NAE_ERA_R-2362_Emakeele_Selts, lk 47
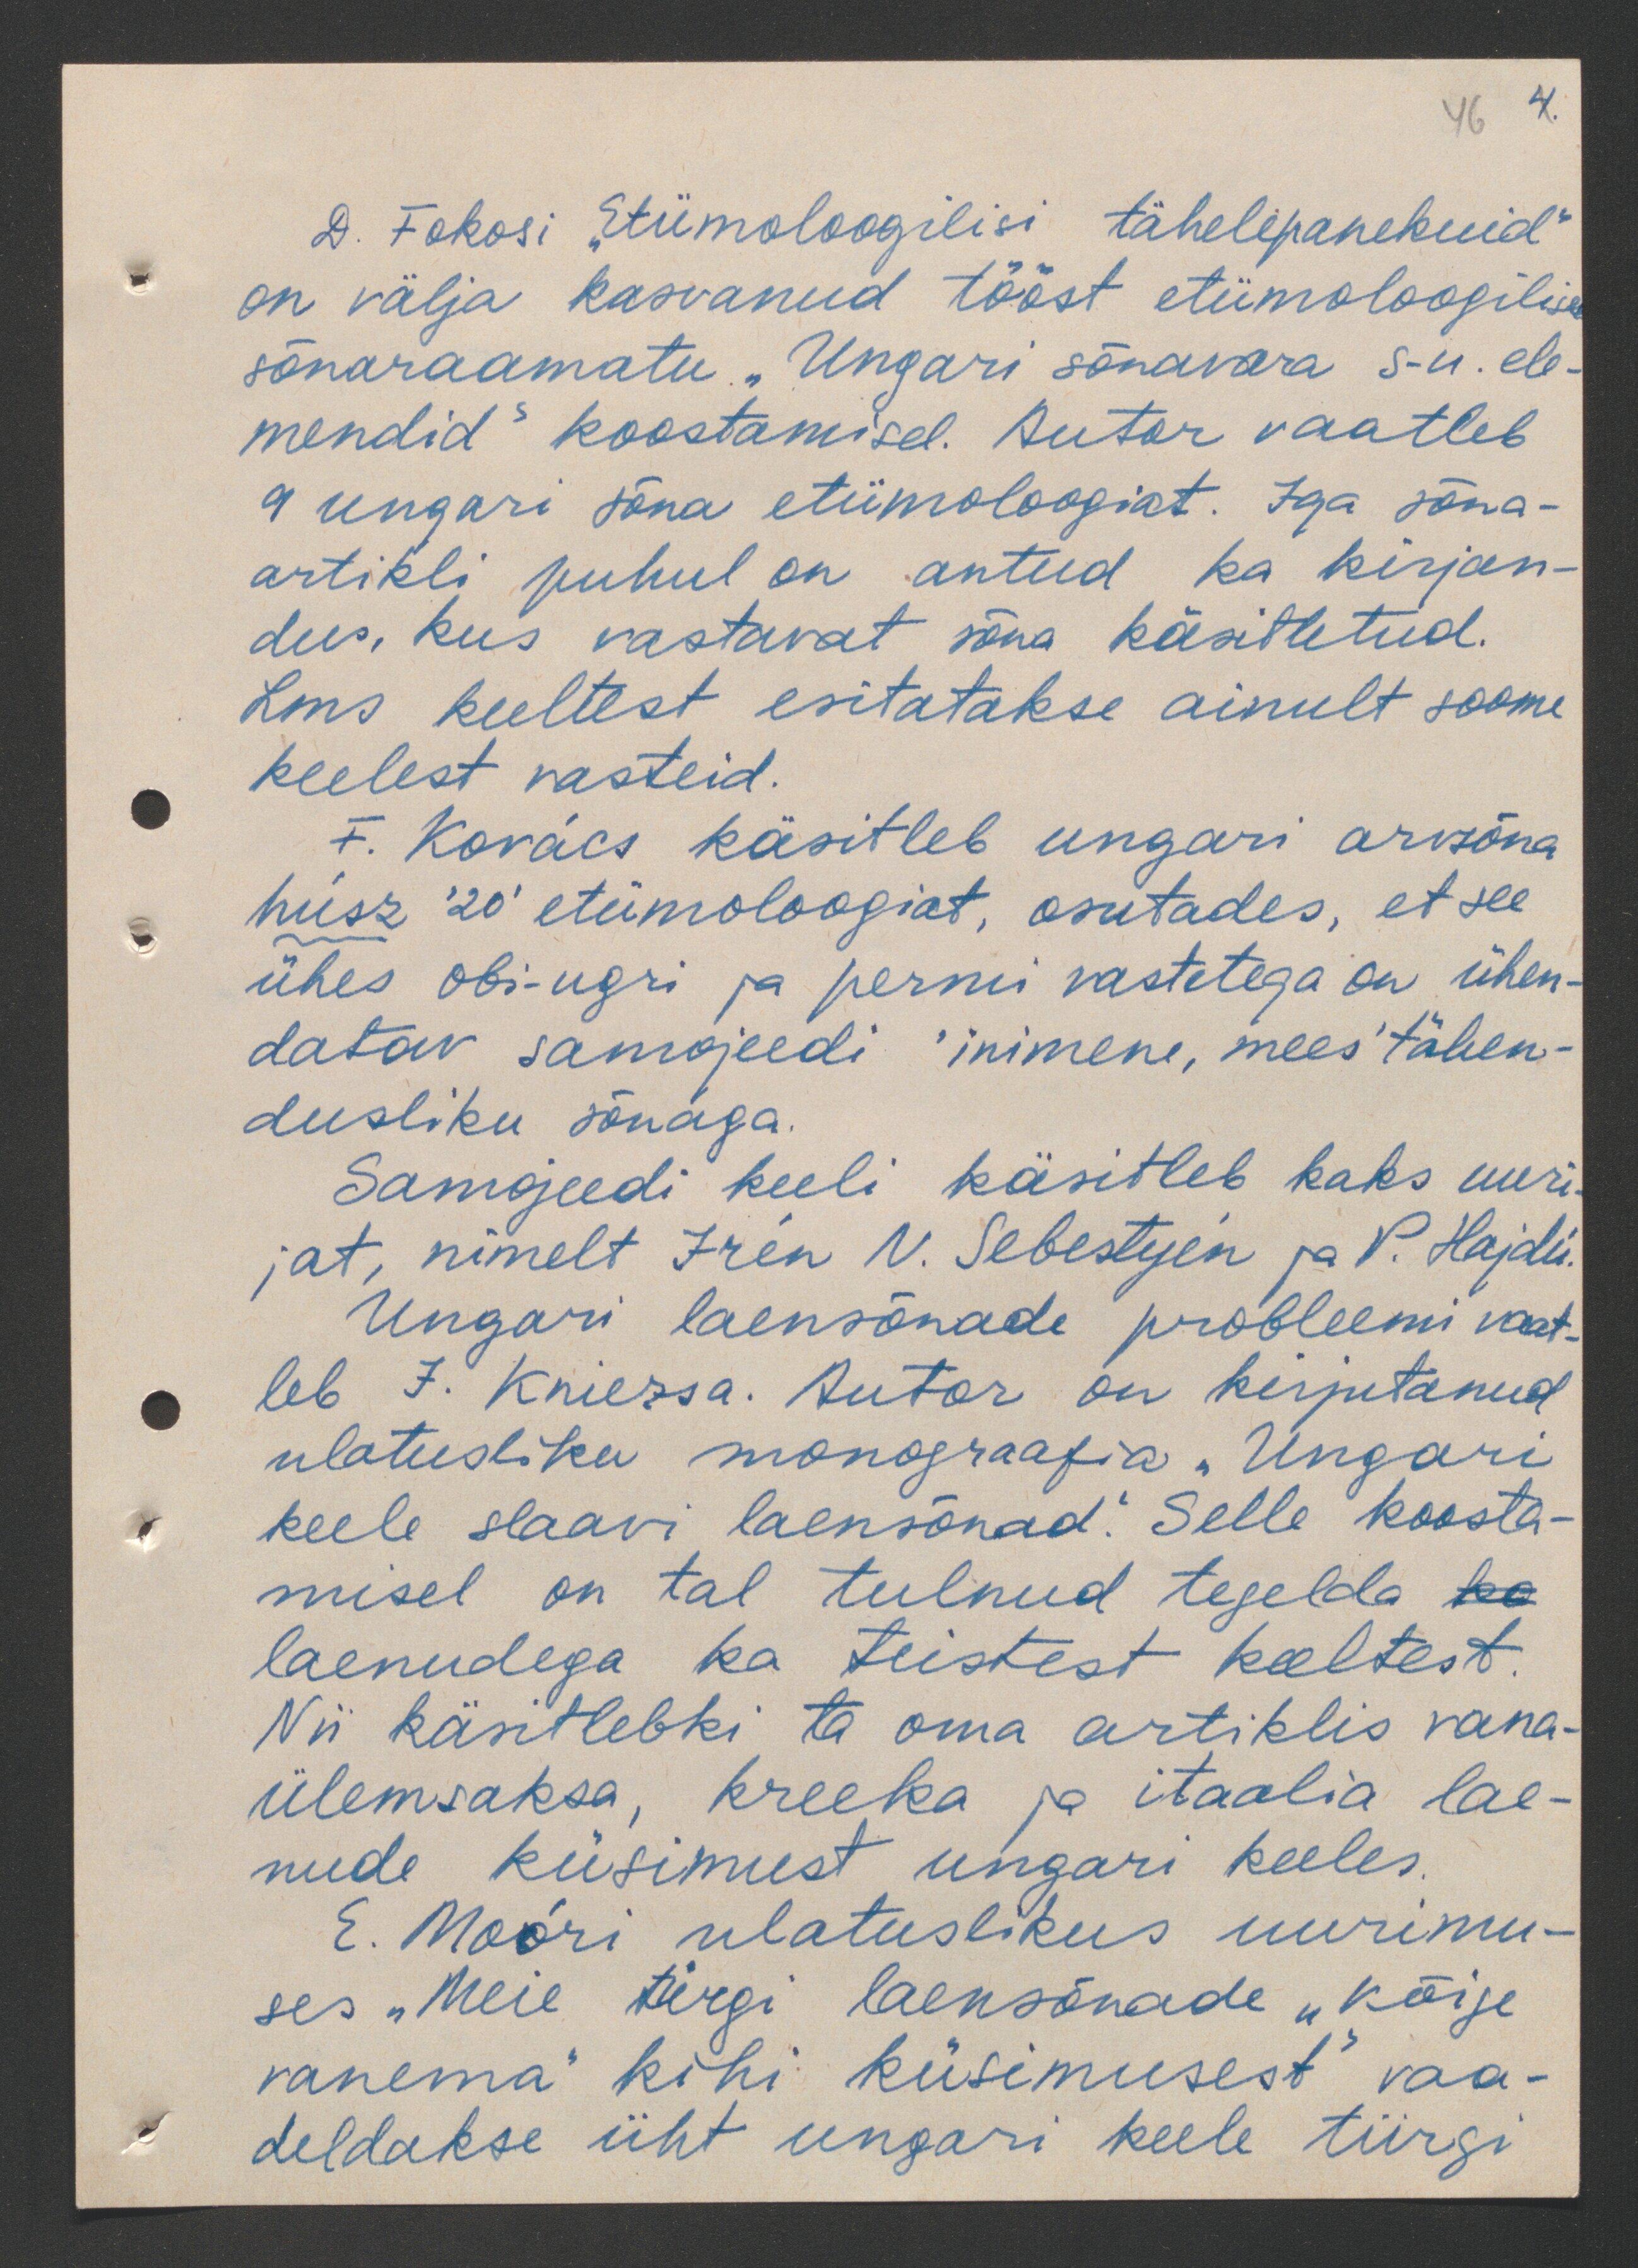
46 4.

D. Fokosi "Etümoloogilisi tähelepanekuid"
on välja kasvanud tööst etümoloogilise
sõnaraamatu "Ungari sõnavara s-u.ele-
mendid" koostamisel. Autor vaatleb
9 ungari sõna etümoloogiat. Iga sõna-
artikli puhul on antud ka kirjan-
dus, kus vastavat sõna käsitletud.
Lms keeltest esitatakse ainult soome
keelest vasteid.
F. Kovacs käsitleb ungari arvsõna
husz '20' etümoloogiat, osutades, et see
ühes obi-ugri ja permi vastetega on ühen-
datav samojeedi 'inimene, mees' tähen-
dusliku sõnaga.
Samojeedi keeli käsitleb kaks uuri
jat, nimelt Iren V. Sebestyen ja P. Hajdu.
Ungari laensõnade probleemi vaat-
leb I. Kniezsa. Autor on kirjutanud
ulatusliku monograafia "Ungari
keele slaavi laensõnad". Selle koosta-
misel on tal tulnud tegelda
laenudega ka teistest keeltest.
Nii käsitlebki ta oma artiklis vana-
ülemsaksa, kreeka ja itaalia lae-
nude küsimust ungari keeles.
E. Moori ulatuslikus uurimu-
ses "Meie türgi laensõnade "kõige
vanema" kihi küsimusest" vaa-
deldakse üht ungari keele türgi